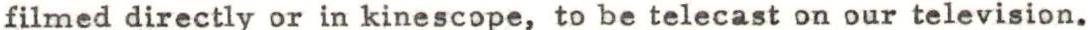
filmed directly or in kinescope, to be telecast on our television.